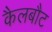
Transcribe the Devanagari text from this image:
कैलबौट